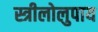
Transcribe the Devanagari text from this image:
स्त्रीलोलुपाय